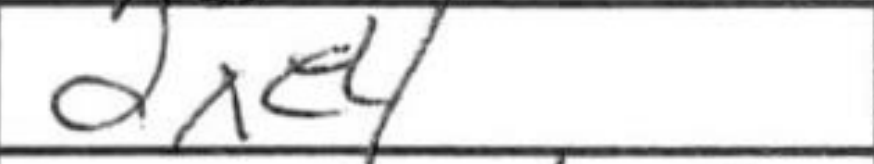
Transcription: dxe4